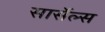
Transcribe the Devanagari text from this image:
सार्सेल्स